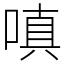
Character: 嗔